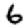
Digit: 6